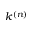
k ^ { ( n ) }